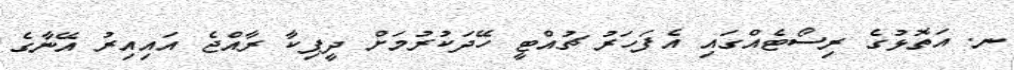
ނ. އަތޮޅުގެ ރިސޯޓެއްގައި އެފަހަރު ޗުއްޓީ ހޭދަކުރުމަށް ދީޕިކާ ރާއްޖެ އައިއިރު އޭނާގެ